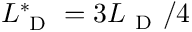
L _ { \mathrm { ~ D ~ } } ^ { * } = 3 L _ { \mathrm { ~ D ~ } } / 4